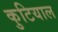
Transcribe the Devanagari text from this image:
कुटियाल